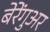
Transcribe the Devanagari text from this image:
बेरेंगुअर